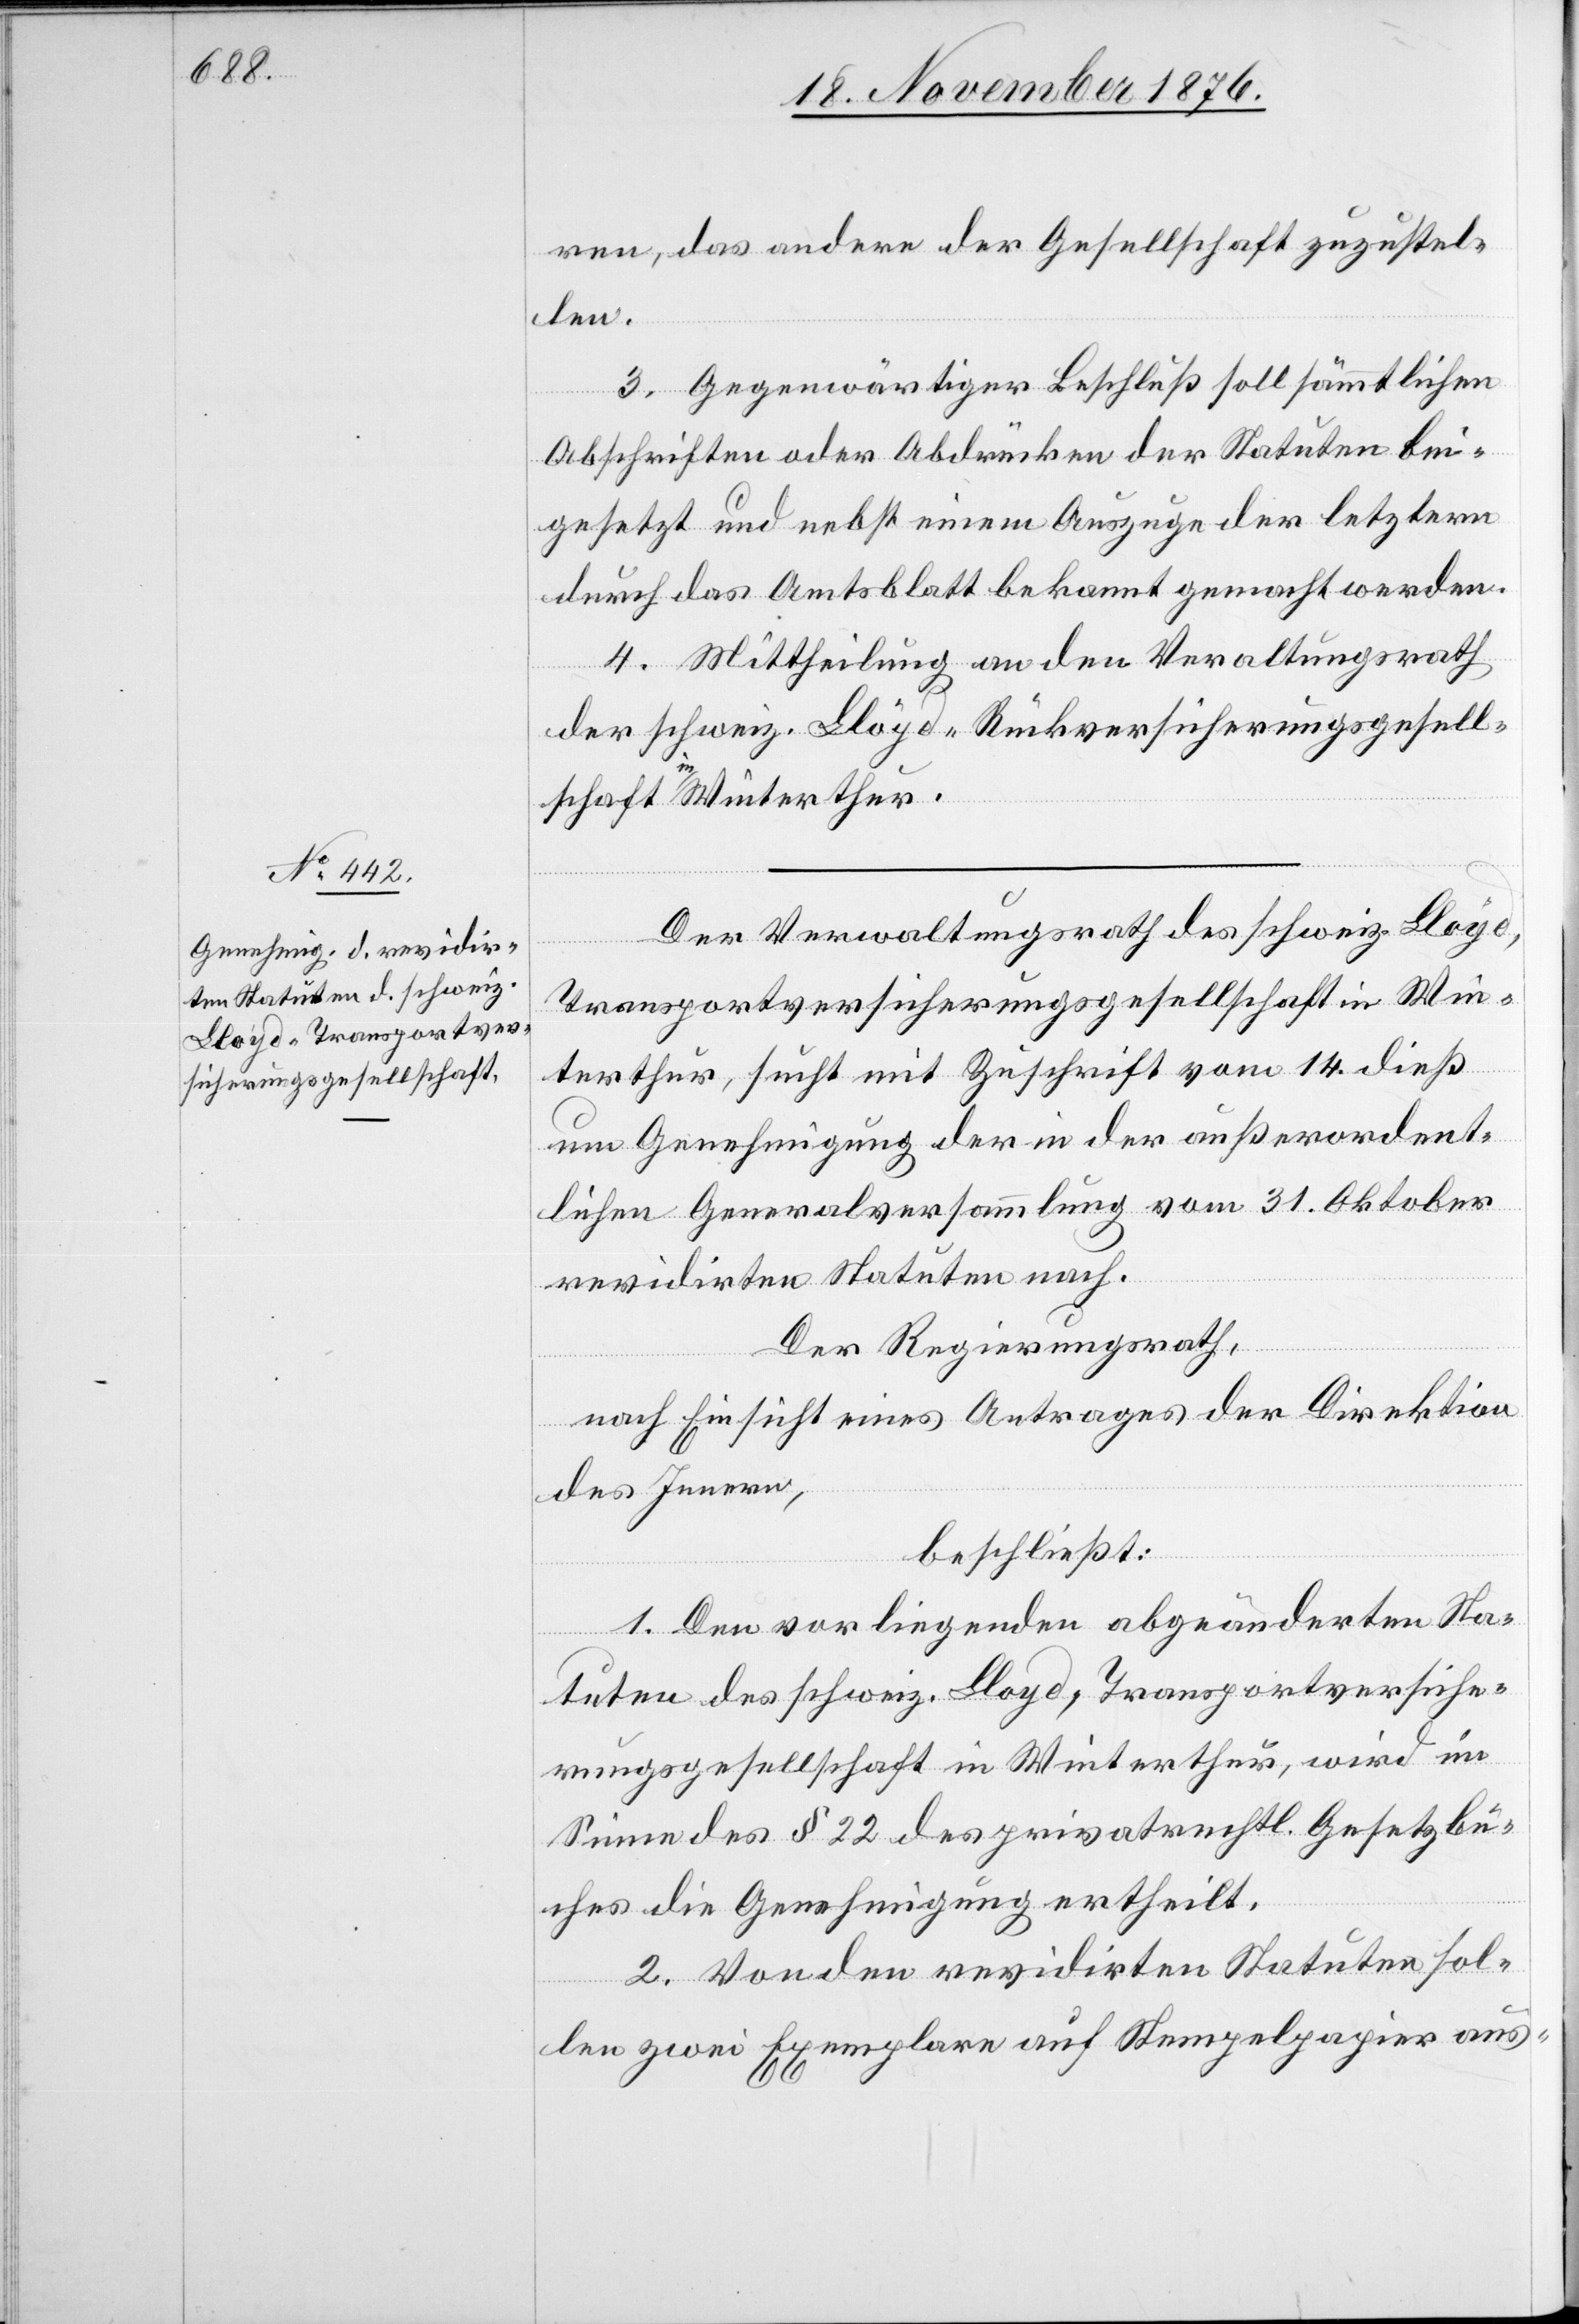
ren, das andere der Gesellschaft zuzustel¬
len.
3. Gegenwärtiger Beschluß soll sämmtlichen
Abschriften oder Abdrücken der Statuten bei¬
gesetzt und nebst einem Auszuge der letztern
durch das Amtsblatt bekannt gemacht werden.
4. Mittheilung an den Verwaltungsrath
der schweiz. Lloyd-Rückversicherungsgesell¬
schaft in Winterthur.
Der Verwaltungsrath des schweiz. Lloyd,
Transportversicherungsgesellschaft in Win¬
terthur, sucht mit Zuschrift vom 14. dieß
um Genehmigung der in der außerordent¬
lichen Generalversammlung vom 31. Oktober
revidirten Statuten nach.
Der Regierungsrath,
nach Einsicht eines Antrages der Direktion
des Innern,
beschließt:
1. Den vorliegenden abgeänderten Sta¬
tuten des schweiz. Lloyd, Transportversiche¬
rungsgesellschaft in Winterthur, wird im
Sinne des § 22 des privatrechtl. Gesetzbu¬
ches die Genehmigung ertheilt.
2. Von den revidirten Statuten sol¬
len zwei Exemplare auf Stempelpapier aus-